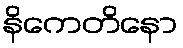
နိကေတိနော